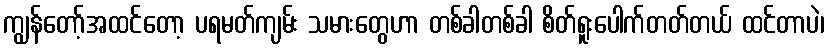
ကျွန်တော့်အထင်တော့ ပရမတ်ကျမ်း သမားတွေဟာ တစ်ခါတစ်ခါ စိတ်ရူးပေါက်တတ်တယ် ထင်တာပဲ၊